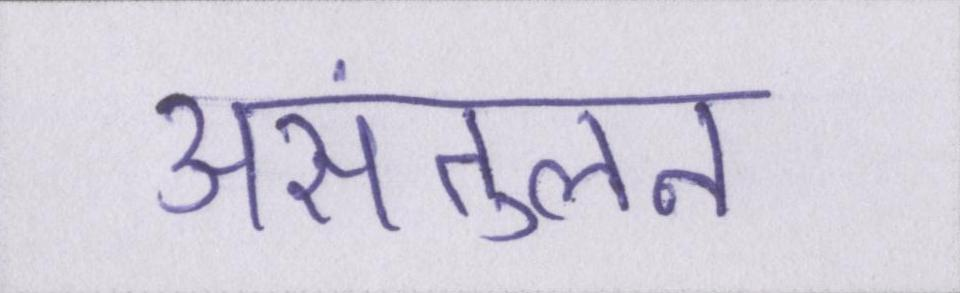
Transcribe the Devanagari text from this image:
असंतुलन